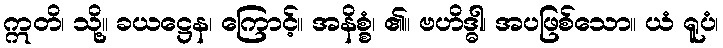
ဣတိ၊ သို့။ ခယဋ္ဌေန၊ ကြောင့်။ အနိစ္စံ၊ ၏။ ဗဟိဒ္ဓါ၊ အပဖြစ်သော။ ယံ ရူပံ၊